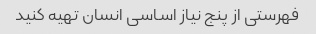
فهرستی از پنج نیاز اساسی انسان تهیه کنید